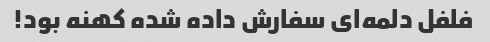
فلفل دلمه‌ای سفارش داده شده کهنه بود!